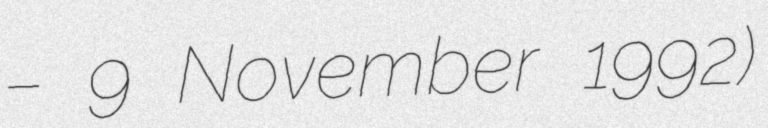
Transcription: – 9 November 1992)